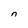
Character: n